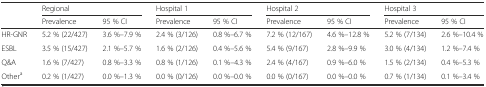
|  | <COLSPAN=2> Regional | <COLSPAN=2> Hospital 1 | <COLSPAN=2> Hospital 2 | <COLSPAN=2> Hospital 3 |
 |  | Prevalence | 95 % CI | Prevalence | 95 % CI | Prevalence | 95 % CI | Prevalence | 95 % CI |
 | --- | --- | --- | --- | --- | --- | --- | --- | --- |
 | HR-GNR | 5.2 % (22/427) | 3.6 %–7.9 % | 2.4 % (3/126) | 0.8 %–6.7 % | 7.2 % (12/167) | 4.6 %–12.8 % | 5.2 % (7/134) | 2.6 %–10.4 % |
 | ESBL | 3.5 % (15/427) | 2.1 %–5.7 % | 1.6 % (2/126) | 0.4 %–5.6 % | 5.4 % (9/167) | 2.8 %–9.9 % | 3.0 % (4/134) | 1.2 %–7.4 % |
 | Q&A | 1.6 % (7/427) | 0.8 %–3.3 % | 0.8 % (1/126) | 0.1 %–4.3 % | 2.4 % (4/167) | 0.9 %–6.0 % | 1.5 % (2/134) | 0.4 %–5.3 % |
 | Othera | 0.2 % (1/427) | 0.0 %–1.3 % | 0.0 % (0/126) | 0.0 %–0.0 % | 0.0 % (0/167) | 0.0 %–0.0 % | 0.7 % (1/134) | 0.1 %–3.4 % |